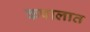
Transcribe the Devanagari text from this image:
कपालात